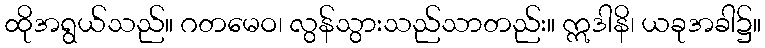
ထိုအရွယ်သည်။ ဂတမေဝ၊ လွန်သွားသည်သာတည်း။ ဣဒါနိ၊ ယခုအခါ၌။